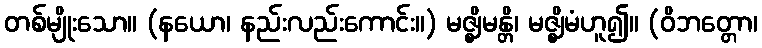
တစ်မျိုးသော။ (နယော၊ နည်းလည်းကောင်း။) မဇ္ဈိမန္တိ၊ မဇ္ဈိမံဟူ၍။ (ဝိဘတ္တော၊